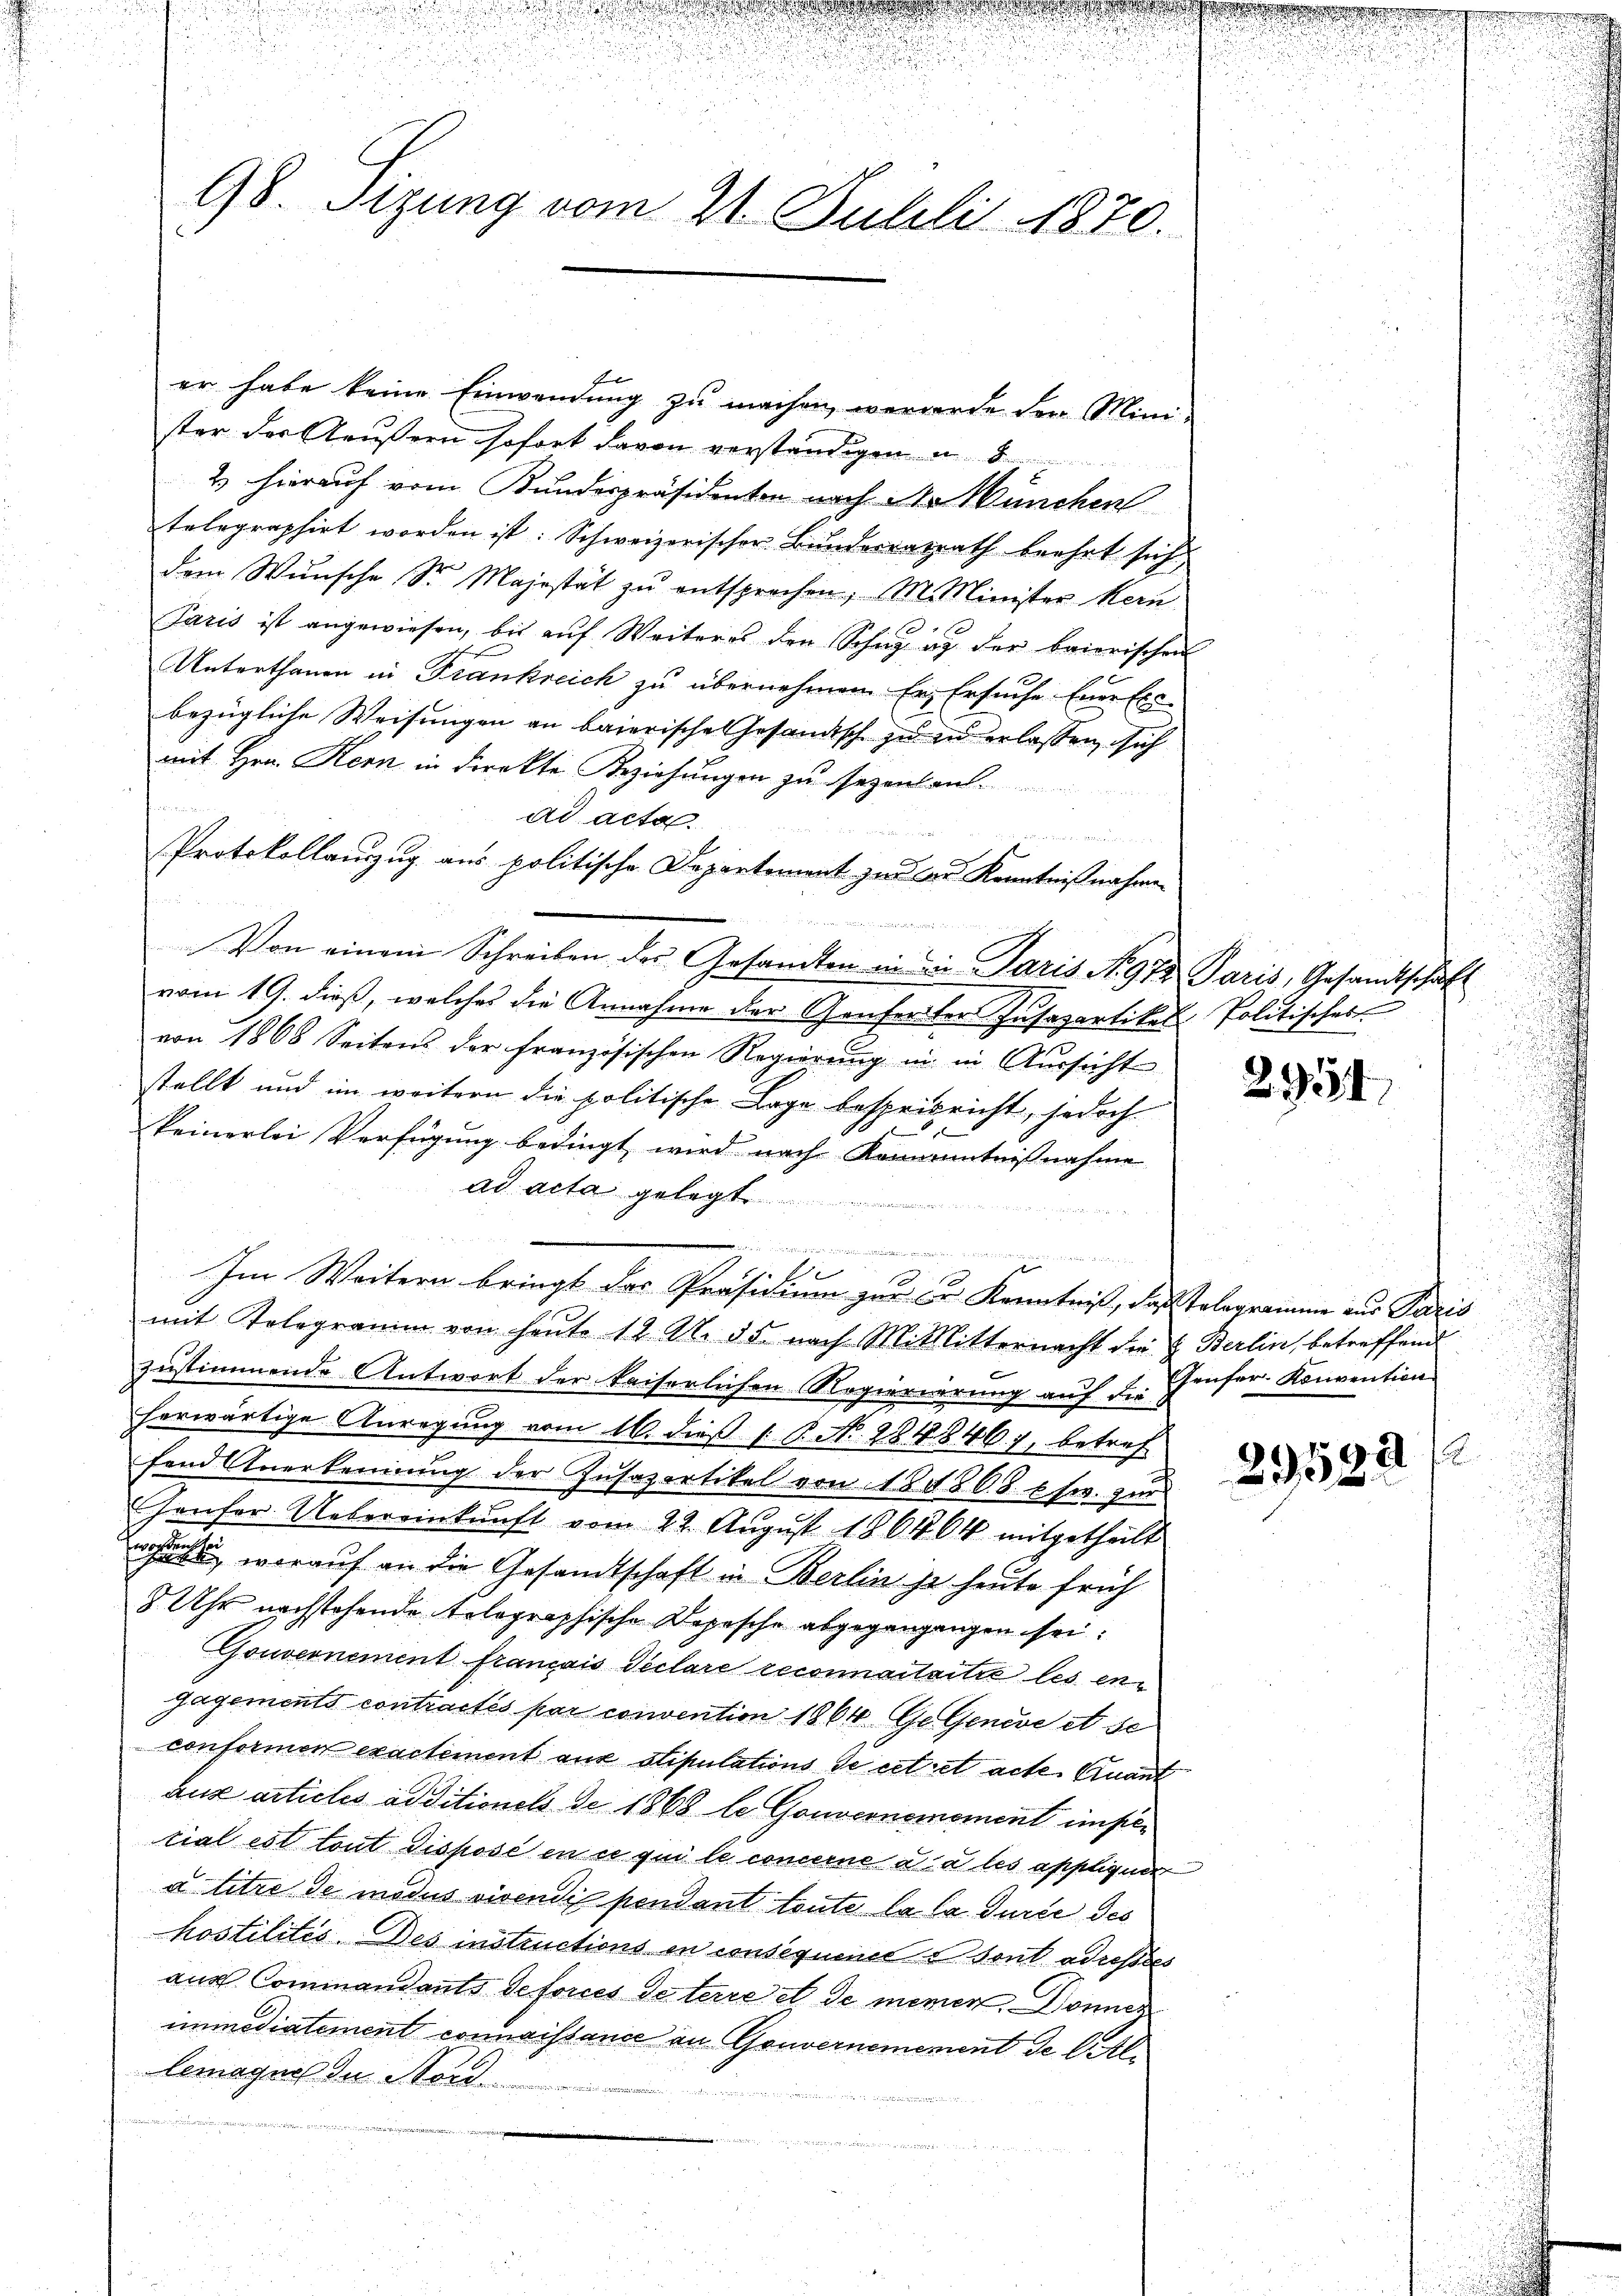
t

3
98. Sizung vom 21. Julili 1870.

er habe keine Einwendung zu machen, werderte der Minister der Aeußern sofort davon verständigen u. 8
2 hierauf vom Bundespräsidenten nach No München
telegraphirt worden ist: Schweizerischer Bundesratrath beehrt sich
dem Wunsche Sr. Majestät zu entsprechen, M. Minister Heru
Paris ist angewiesen, bis aŭf Weiteres der Schig u. der baierischen
Unterthanen in Frankreich zu übernehmen. Er, Ersuche Euer Exc
bezügliche Weisungen an baierische Gesandisch zu in erlassen, sich
mit Hrn. Kern in direkte Beziehungen zu sezenland.
ad acta.

 Bei der
Protokollauszug aus politische Departement zu der Kenntnißnahme

Von einem Schreiben des Gesandten in die Paris N. 973 Paris, Gesandtschaft
vom 19. dieß, welches die Annahme der Genferter Insapartikel Politisches
von 1868 Seitens der französischen Regierung in in Aussicht
stellt und im weitern die politische Lage bespreisricht, jedoch
keinerlei Verfügung bedingt wird nach Komanntnißnahme
ad acta gelegt
 hat der den eine angen

.
1
Im Weitern bringt das Präsidium zur Dr Kenntniß, das Telegramme aus Paris
mit Telegramm von heute 12 N. 55 nach Mittitternacht die L. Berlin, betreffend
zustimmende Antwort der kaiserlichen Regierierung auf die Genfer- Konvention
herwärtige Anregung vom 16. dieß 1: P. No. 284846), betref
fend Anerkennung der Zŭsapartikel von 1848 68 usw. zur
Haufer Uebereinkunft vom 22. Aŭgŭst 1864. 64 mitgetheilt
achah, worauf an die Gesandtschaft in Berlin ist heute früh
8 Uhr nachstehende telegraphische Depesche abgegangangen sei.
Gouvernement français declare reconnaitaitre les en
gagements contractes par convention 1864 Ge Geneve et se
conformen exactement aus stipulations de cet et actes Quant
aux articles additionels de 1868 le Gouvernomoment impetial est tout Disposé en ce qui le concerne da les applique
a titre de modus vivendi pendant toute la la durée des
hostilitis Des instructions in consequenels sont adressses
aus Commandants defonies Vaterre et de memen, Donnen
immediatement connaissance an Gouvernemement de Callemagnos du Nord

f

2954

2
29581.